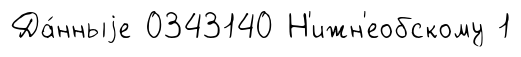
Да́нныjе 0343140 Н'ижн'еобскому 1